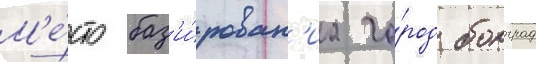
М'е́сто баз'и́рован'иа го́род болград